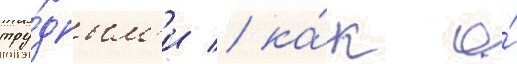
тру́дным'и / ка́к о́